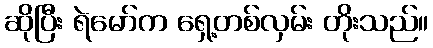
ဆိုပြီး ရဲမော်က ရှေ့တစ်လှမ်း တိုးသည်။